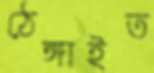
ঠেঙ্গাইত